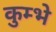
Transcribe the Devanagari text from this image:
कुम्भे